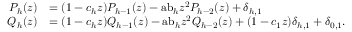
{ \begin{array} { r l } { P _ { h } ( z ) } & { = ( 1 - c _ { h } z ) P _ { h - 1 } ( z ) - { \mathrm { a b } } _ { h } z ^ { 2 } P _ { h - 2 } ( z ) + \delta _ { h , 1 } } \\ { Q _ { h } ( z ) } & { = ( 1 - c _ { h } z ) Q _ { h - 1 } ( z ) - { \mathrm { a b } } _ { h } z ^ { 2 } Q _ { h - 2 } ( z ) + ( 1 - c _ { 1 } z ) \delta _ { h , 1 } + \delta _ { 0 , 1 } . } \end{array} }